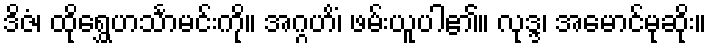
ဒိဇံ၊ ထိုရွှေဟင်္သာမင်းကို။ အဂ္ဂဟိံ၊ ဖမ်းယူပါ၏။ လုဒ္ဒ၊ အမောင်မုဆိုး။